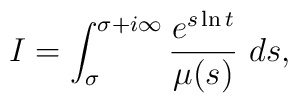
I = \int _{\sigma}^{\sigma +i\infty} \frac{e^{s\ln t}}{\mu (s)}\ ds,